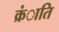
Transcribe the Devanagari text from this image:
क्रंाति